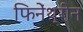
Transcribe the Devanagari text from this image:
फिनेंथ्रीन